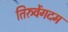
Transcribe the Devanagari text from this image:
तिरुवेंगदम